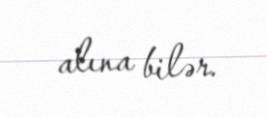
alına bilər.